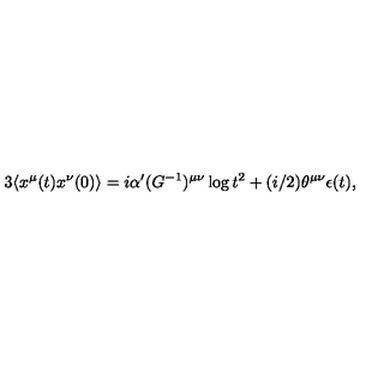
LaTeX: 3 \langle x ^ { \mu } ( t ) x ^ { \nu } ( 0 ) \rangle = i \alpha ^ { \prime } ( G ^ { - 1 } ) ^ { \mu \nu } \log t ^ { 2 } + ( i / 2 ) \theta ^ { \mu \nu } \epsilon ( t ) ,